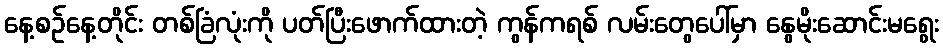
နေ့စဉ်နေ့တိုင်း တစ်ခြံလုံးကို ပတ်ပြီးဖောက်ထားတဲ့ ကွန်ကရစ် လမ်းတွေပေါ်မှာ နွေမိုးဆောင်းမရွေး